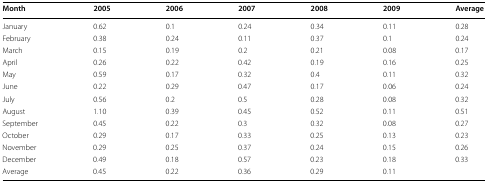
| Month | 2005 | 2006 | 2007 | 2008 | 2009 | Average |
 | --- | --- | --- | --- | --- | --- | --- |
 | January | 0.62 | 0.1 | 0.24 | 0.34 | 0.11 | 0.28 |
 | February | 0.38 | 0.24 | 0.11 | 0.37 | 0.1 | 0.24 |
 | March | 0.15 | 0.19 | 0.2 | 0.21 | 0.08 | 0.17 |
 | April | 0.26 | 0.22 | 0.42 | 0.19 | 0.16 | 0.25 |
 | May | 0.59 | 0.17 | 0.32 | 0.4 | 0.11 | 0.32 |
 | June | 0.22 | 0.29 | 0.47 | 0.17 | 0.06 | 0.24 |
 | July | 0.56 | 0.2 | 0.5 | 0.28 | 0.08 | 0.32 |
 | August | 1.10 | 0.39 | 0.45 | 0.52 | 0.11 | 0.51 |
 | September | 0.45 | 0.22 | 0.3 | 0.32 | 0.08 | 0.27 |
 | October | 0.29 | 0.17 | 0.33 | 0.25 | 0.13 | 0.23 |
 | November | 0.29 | 0.25 | 0.37 | 0.24 | 0.15 | 0.26 |
 | December | 0.49 | 0.18 | 0.57 | 0.23 | 0.18 | 0.33 |
 | Average | 0.45 | 0.22 | 0.36 | 0.29 | 0.11 |  |